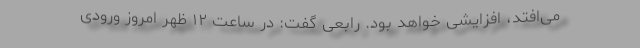
می‌افتد، افزایشی خواهد بود. رابعی گفت: در ساعت ۱۲ ظهر امروز ورودی